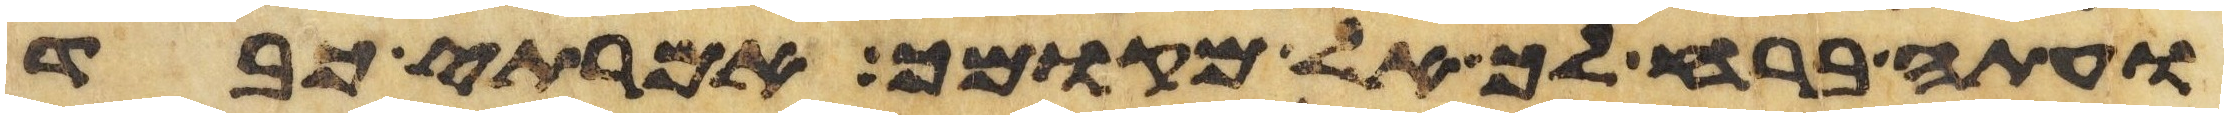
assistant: ועתה ברח לך אל מקומך אמרתי כבד